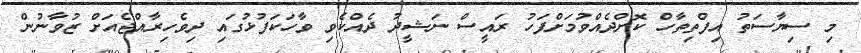
މި ސިޔާސަތު އިފްތިތާހް ކޮށްދެއްވުމަށްފަހު ރައީސް ނަޝީދު ދެއްކެވި ވާހަކަފުޅުގައި ދިވެހިރާއްޖެއަށް ޒުވާނުން